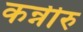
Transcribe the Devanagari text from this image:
कन्नीरु